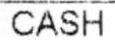
CASH